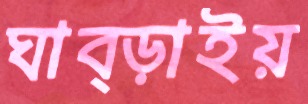
ঘাব্‌ড়াইয়